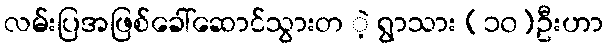
လမ်းပြအဖြစ်ခေါ်ဆောင်သွားတ ဲ့ ရွာသား (၁၀)ဦးဟာ